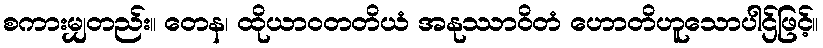
စကားမျှတည်း။ တေန၊ ထိုယာဝတတိယံ အနုဿာဝိတံ ဟောတိဟူသောပါဌ်ဖြင့်။